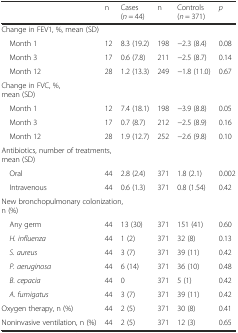
<table><thead><tr><td></td><td><b>n</b></td><td><b>Cases (<i>n</i> = 44)</b></td><td><b>n</b></td><td><b>Controls (<i>n</i> = 371)</b></td><td><b><i>p</i></b></td></tr></thead><tbody><tr><td colspan="2">Change in FEV1, %, mean (SD)</td><td></td><td></td><td></td><td></td></tr><tr><td> Month 1</td><td>12</td><td>8.3 (19.2)</td><td>198</td><td>−2.3 (8.4)</td><td>0.08</td></tr><tr><td> Month 3</td><td>17</td><td>0.6 (7.8)</td><td>211</td><td>−2.5 (8.7)</td><td>0.14</td></tr><tr><td> Month 12</td><td>28</td><td>1.2 (13.3)</td><td>249</td><td>−1.8 (11.0)</td><td>0.67</td></tr><tr><td colspan="2">Change in FVC, %, mean (SD)</td><td></td><td></td><td></td><td></td></tr><tr><td> Month 1</td><td>12</td><td>7.4 (18.1)</td><td>198</td><td>−3.9 (8.8)</td><td>0.05</td></tr><tr><td> Month 3</td><td>17</td><td>0.7 (8.7)</td><td>212</td><td>−2.5 (8.9)</td><td>0.16</td></tr><tr><td> Month 12</td><td>28</td><td>1.9 (12.7)</td><td>252</td><td>−2.6 (9.8)</td><td>0.10</td></tr><tr><td colspan="3">Antibiotics, number of treatments, mean (SD)</td><td></td><td></td><td></td></tr><tr><td> Oral</td><td>44</td><td>2.8 (2.4)</td><td>371</td><td>1.8 (2.1)</td><td>0.002</td></tr><tr><td> Intravenous</td><td>44</td><td>0.6 (1.3)</td><td>371</td><td>0.8 (1.54)</td><td>0.42</td></tr><tr><td colspan="3">New bronchopulmonary colonization, n (%)</td><td></td><td></td><td></td></tr><tr><td> Any germ</td><td>44</td><td>13 (30)</td><td>371</td><td>151 (41)</td><td>0.60</td></tr><tr><td> <i>H. influenza</i></td><td>44</td><td>1 (2)</td><td>371</td><td>32 (8)</td><td>0.13</td></tr><tr><td> <i>S. aureus</i></td><td>44</td><td>3 (7)</td><td>371</td><td>39 (11)</td><td>0.42</td></tr><tr><td> <i>P. aeruginosa</i></td><td>44</td><td>6 (14)</td><td>371</td><td>36 (10)</td><td>0.48</td></tr><tr><td> <i>B. cepacia</i></td><td>44</td><td>0</td><td>371</td><td>5 (1)</td><td>0.42</td></tr><tr><td> <i>A. fumigatus</i></td><td>44</td><td>3 (7)</td><td>371</td><td>39 (11)</td><td>0.42</td></tr><tr><td>Oxygen therapy, n (%)</td><td>44</td><td>2 (5)</td><td>371</td><td>30 (8)</td><td>0.41</td></tr><tr><td>Noninvasive ventilation, n (%)</td><td>44</td><td>2 (5)</td><td>371</td><td>12 (3)</td><td>0.65</td></tr></tbody></table>